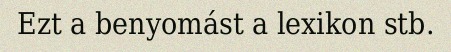
Ezt a benyomást a lexikon stb.